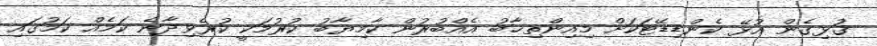
ގުޅިގެން އުޅޭ ކެންޑިޑޭޓަކަށް މިއިންތިޚާބު އެއްބުރުން ކާމިޔާބު ކުރުމަކީ ކުރެވިދާނެ ކަމެއް ކަމުގައި